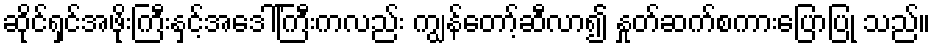
ဆိုင်ရှင်အဖိုးကြီးနှင့်အဒေါ်ကြီးကလည်း ကျွန်တော့်ဆီလာ၍ နှုတ်ဆက်စကားပြောပြု သည်။